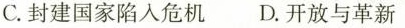
C. 封建国家陷入危机 D. 开放与革新